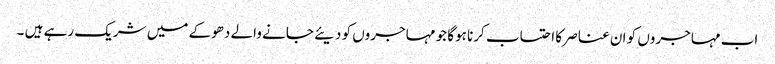
اب مہاجروں کو ان عناصر کا احتساب کرنا ہوگا جو مہاجروں کو دیئے جانے والے دھوکے میں شریک رہے ہیں ۔